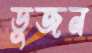
ডুজন